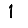
Digit: 1